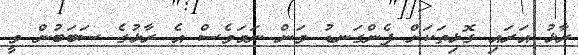
ރާޅު އަރައި ގޮޅިތަކަށް ފެންގަނޑު ވަން ނަމަވެސް އެ ރާޅުގެ ސަބަބުން ވީ